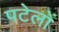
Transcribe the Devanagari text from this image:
पटेलों